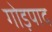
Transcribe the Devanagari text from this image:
गोड़पाद